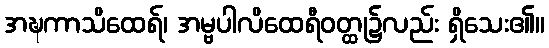
အဍ္ဎကာသိထေရ်၊ အမ္ဗပါလိထေရီဝတ္ထု၌လည်း ရှိသေး၏။